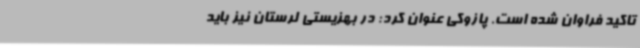
تاکید فراوان شده است. پازوکی عنوان کرد: در بهزیستی لرستان نیز باید